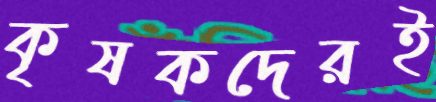
কৃষকদেরই